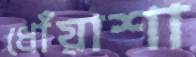
ধোঁয়াশা